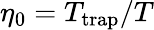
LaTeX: \eta_{0}=T_{\mathrm{trap}}/T